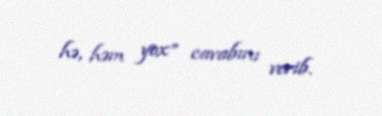
hə, həm yox” cavabını verib.